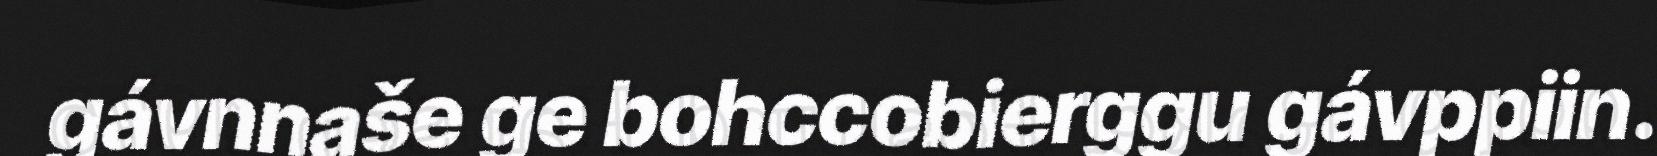
gávnnaše ge bohccobierggu gávppiin.